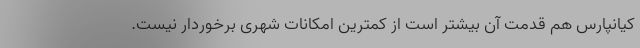
کیانپارس هم قدمت آن بیشتر است از کمترین امکانات شهری برخوردار نیست.